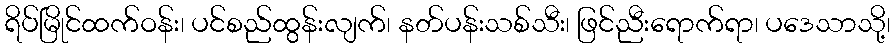
ရိပ်မြိုင်ထက်ဝန်း၊ ပင်စည်ထွန်းလျက်၊ နတ်ပန်းသစ်သီး၊ ဖြင်ညီးရောက်ရာ၊ ပဒေသာသို့၊